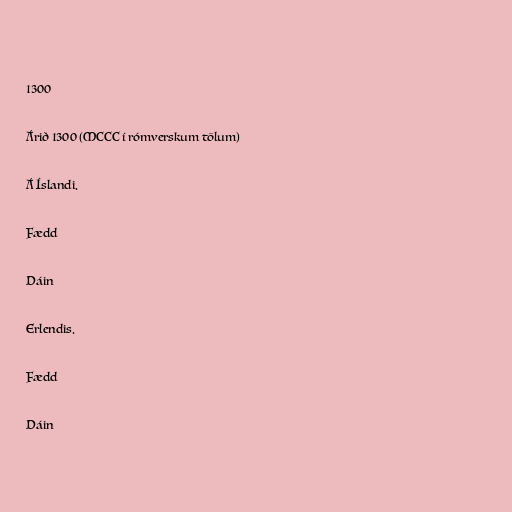
1300

Árið 1300 (MCCC í rómverskum tölum)

Á Íslandi.

Fædd

Dáin

Erlendis.

Fædd

Dáin